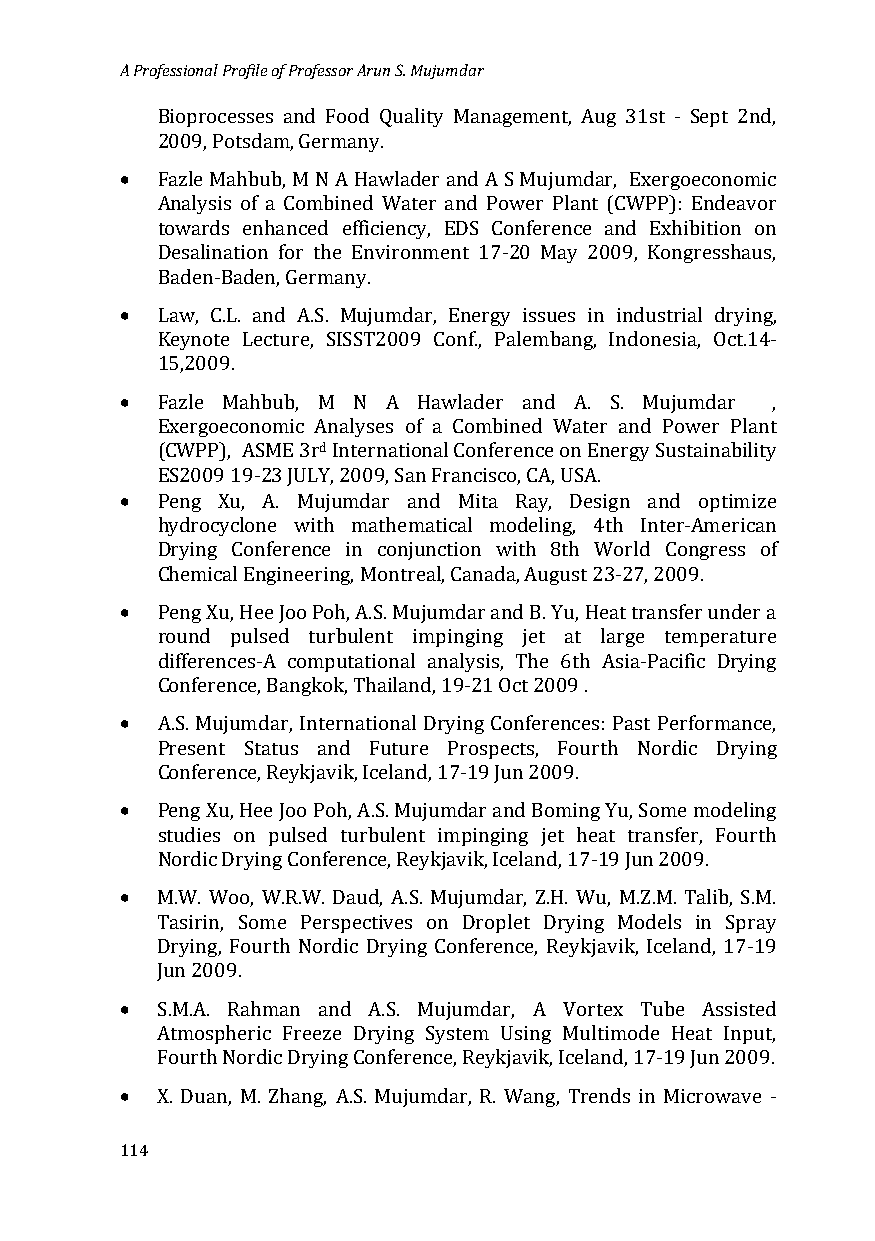
A Professional Profile of Professor Arun S. Mujumdar
 Bioprocesses and Food Quality Management, Aug 31st - Sept 2nd,
 •
 2009, Potsdam, Germany.
 Fazle Mahbub, M N A Hawlader and A S Mujumdar, Exergoeconomic
 Analysis of a Combined Water and Power Plant (CWPP): Endeavor
 towards enhanced efficiency, EDS Conference and Exhibition on
 Desalination for the Environment 17-20 May 2009, Kongresshaus,
 •
 Baden-Baden, Germany.
 Law, C.L. and A.S. Mujumdar, Energy issues in industrial drying,
 Keynote Lecture, SISST2009 Conf., Palembang, Indonesia, Oct.14-
 •
 15,2009.
 Fazle Mahbub, M N A Hawlader and A. S. Mujumdar ,
 Exergoeconomic Analyses of a Combined Water and Power Plant
 d
 • (CWPP), ASME 3r International Conference on Energy Sustainability
 ES2009 19-23 JULY, 2009, San Francisco, CA, USA.
 Peng Xu, A. Mujumdar and Mita Ray, Design and optimize
 hydrocyclone with mathematical modeling, 4th Inter-American
 Drying Conference in conjunction with 8th World Congress of
 •
 Chemical Engineering, Montreal, Canada, August 23-27, 2009.
 Peng Xu, Hee Joo Poh, A.S. Mujumdar and B. Yu, Heat transfer under a
 round pulsed turbulent impinging jet at large temperature
 differences-A computational analysis, The 6th Asia-Pacific Drying
 •
 Conference, Bangkok, Thailand, 19-21 Oct 2009 .
 A.S. Mujumdar, International Drying Conferences: Past Performance,
 Present Status and Future Prospects, Fourth Nordic Drying
 •
 Conference, Reykjavik, Iceland, 17-19 Jun 2009.
 Peng Xu, Hee Joo Poh, A.S. Mujumdar and Boming Yu, Some modeling
 studies on pulsed turbulent impinging jet heat transfer, Fourth
 •
 Nordic Drying Conference, Reykjavik, Iceland, 17-19 Jun 2009.
 M.W. Woo, W.R.W. Daud, A.S. Mujumdar, Z.H. Wu, M.Z.M. Talib, S.M.
 Tasirin, Some Perspectives on Droplet Drying Models in Spray
 Drying, Fourth Nordic Drying Conference, Reykjavik, Iceland, 17-19
 •
 Jun 2009.
 S.M.A. Rahman and A.S. Mujumdar, A Vortex Tube Assisted
 Atmospheric Freeze Drying System Using Multimode Heat Input,
 •
 Fourth Nordic Drying Conference, Reykjavik, Iceland, 17-19 Jun 2009.
 X. Duan, M. Zhang, A.S. Mujumdar, R. Wang, Trends in Microwave -
 114